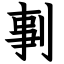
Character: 剚